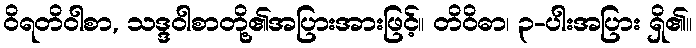
ဝိရတိဝါစာ, သဒ္ဒဝါစာတို့၏အပြားအားဖြင့်။ တိဝိဓာ၊ ၃-ပါးအပြား ရှိ၏။